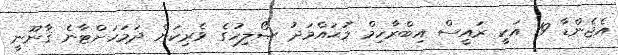
އެޖެންޑާ 19 އަކީ ރައީސް އިބްރާހިމް މުޙައްމަދު ޞޯލިހުގެ ވެރިކަން ދަމަހަށްޓާނެ ޤާނޫނީ